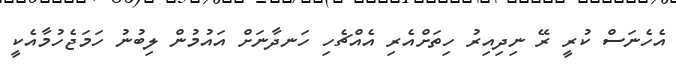
އެހެނަސް ކުރީ ރޭ ނިދިއިރު ހިތަށްއެރި އެއްޗެހި ހަނދާނަށް އައުމުން ލިބުނު ހަމަޖެހުމާއެކީ